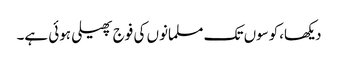
دیکھا،کوسوں تک مسلمانوں کی فوج پھیلی ہوئی ہے۔